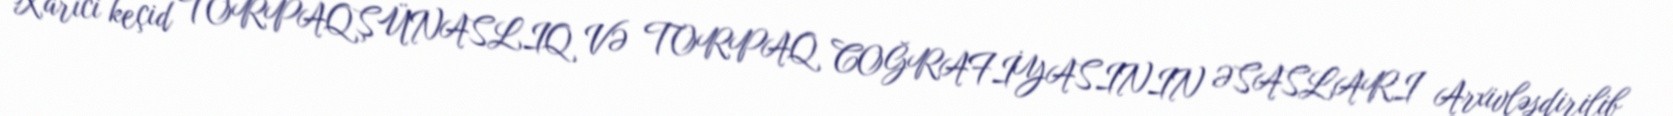
Xarici keçid TORPAQŞÜNASLIQ VƏ TORPAQ COĞRAFİYASININ ƏSASLARI Arxivləşdirilib